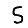
Digit: 5